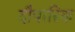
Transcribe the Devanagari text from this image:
दौवारिक